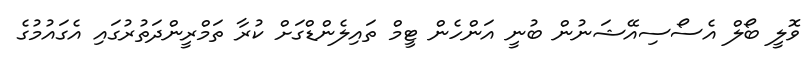
ވޮލީ ބޯލް އެސޯސިއޭޝަނުން ބުނީ އަންހެން ޓީމް ތައިލެންޑްގަށް ކުރާ ތަމްރީންދަތުރުގައި އެގައުމުގެ